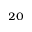
_ { 2 0 }